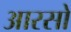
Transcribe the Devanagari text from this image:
आरसो